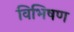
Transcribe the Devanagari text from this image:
विभिषण